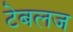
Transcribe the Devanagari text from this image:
टेबलज